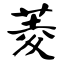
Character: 菱